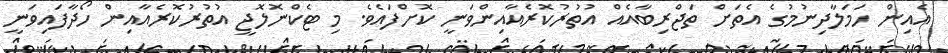
އެއިން ހަމަލާދިނުމުގެ އެތަށް ތަޖްރިބާއެއް އުތުރުކޮރެއާއިންވަނީ ކޮށްފައެވެ. މި ޓެކްނޮލޮޖީ އުތުރުކޮރެއާއިން ހޯދާފައިވަނީ